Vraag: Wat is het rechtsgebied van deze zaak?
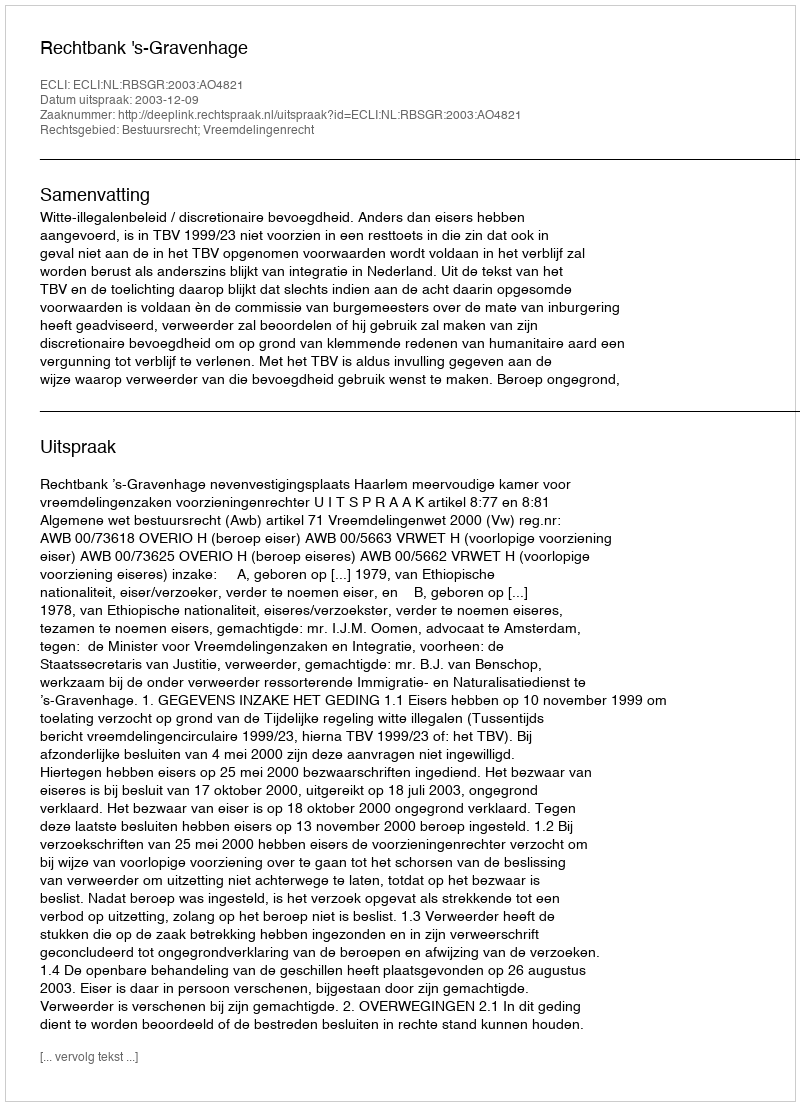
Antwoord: Bestuursrecht; Vreemdelingenrecht